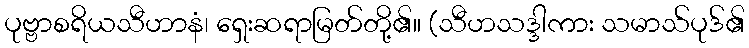
ပုဗ္ဗာစရိယသီဟာနံ၊ ရှေးဆရာမြတ်တို့၏။ (သီဟသဒ္ဒါကား သမာသ်ပုဒ်၏